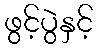
ဖွင့်ပွဲနှင့်